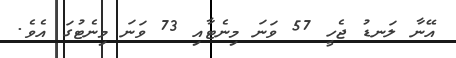
އޭނާ ލަނޑު ޖެހީ 57 ވަނަ މިނެޓާއި 73 ވަނަ މިނެޓުގަ އެވެ.